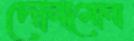
দোনামোনা